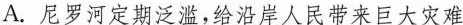
A.尼罗河定期泛滥，给沿岸人民带来巨大灾难